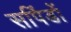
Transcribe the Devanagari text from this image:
सपिंडों